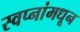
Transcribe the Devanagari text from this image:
स्वप्नांमधून